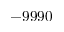
- 9 9 9 0